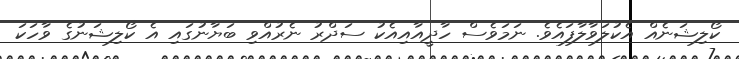
ކޯލިޝަނެއް އެކުލަވާލާފައެވެ. ނަމަވެސް ހާދީއާއިއެކު ސަދްރު ނެރުއްވި ބަޔާނުގައި އެ ކޯލިޝަނުގެ ވާހަކަ